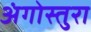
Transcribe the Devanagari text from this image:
अंगोस्तुरा